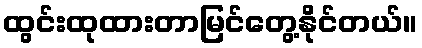
ထွင်းထုထားတာမြင်တွေ့နိုင်တယ်။